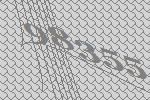
98355